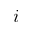
i